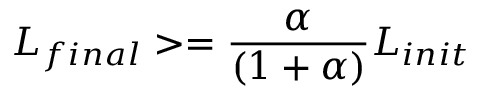
L _ { f i n a l } > = \frac { \alpha } { ( 1 + \alpha ) } L _ { i n i t }